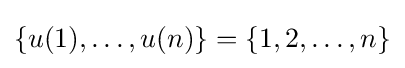
\{u(1),\ldots ,u(n)\}=\{1,2,\ldots ,n\}